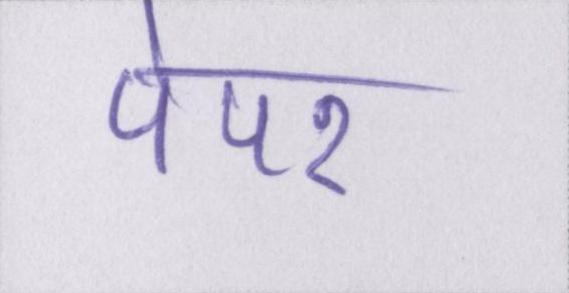
पेपर